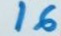
16